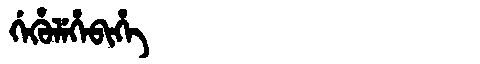
Manchu: ᡤᡝᡥᡠᠯᡝᡥᡝᠪᡳᡥᡝ
Romanization: GEHULEHEBIHE